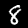
Label: 8